Civil Veterinary Dept. North-West Frontier Province 1933-46 - 1933-1946
Year: 1933
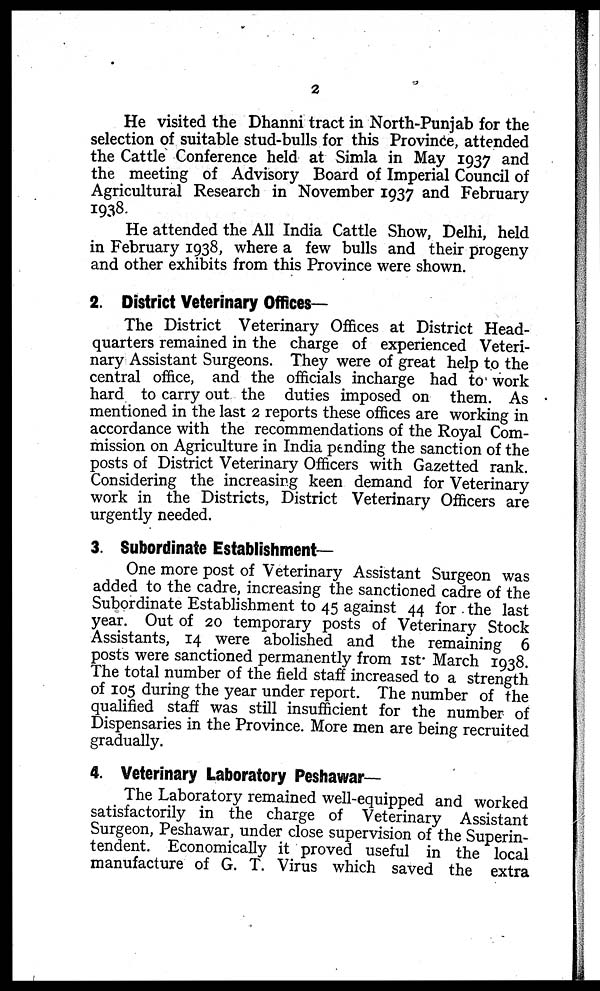
2
He visited the Dhanni tract in North-Punjab for the
selection of suitable stud-bulls for this Province, attended
the Cattle Conference held at Simla in May 1937 and
the meeting of Advisory Board of Imperial Council of
Agricultural Research in November 1937 and February
1938.
He attended the All India Cattle Show, Delhi, held
in February 1938, where a few bulls and their progeny
and other exhibits from this Province were shown.
2. District Veterinary Offices—
The District Veterinary Offices at District Head-
quarters remained in the charge of experienced Veteri-
nary Assistant Surgeons. They were of great help to the
central office, and the officials incharge had to work
hard to carry out the duties imposed on them. As
mentioned in the last 2 reports these offices are working in
accordance with the recommendations of the Royal Com-
mission on Agriculture in India pending the sanction of the
posts of District Veterinary Officers with Gazetted rank.
Considering the increasing keen demand for Veterinary
work in the Districts, District Veterinary Officers are
urgently needed.
3. Subordinate Establishment-
One more post of Veterinary Assistant Surgeon was
added to the cadre, increasing the sanctioned cadre of the
Subordinate Establishment to 45 against 44 for the last
year. Out of 20 temporary posts of Veterinary Stock
Assistants, 14 were abolished and the remaining 6
posts were sanctioned permanently from 1st March 1938.
The total number of the field staff increased to a strength
of 105 during the year under report. The number of the
qualified staff was still insufficient for the number of
Dispensaries in the Province. More men are being recruited
gradually.
4. Veterinary Laboratory Peshawar—
The Laboratory remained well-equipped and worked
satisfactorily in the charge of Veterinary Assistant
Surgeon, Peshawar, under close supervision of the Superin-
tendent. Economically it proved useful in the local
manufacture of G. T. Virus which saved the extra